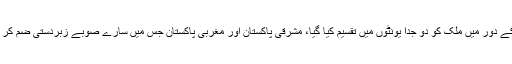
ایوب خان کے دور میں ملک کو دو جدا یونٹوں میں تقسیم کیا گیا، مشرقی پاکستان اور مغربی پاکستان جس میں سارے صوبے زبردستی ضم کر دیئے گئے۔